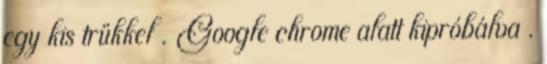
egy kis trükkel . Google chrome alatt kipróbálva .